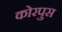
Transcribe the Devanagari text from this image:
कोरपुस